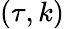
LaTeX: \left(\tau,k\right)